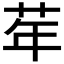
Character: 𦮴